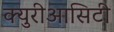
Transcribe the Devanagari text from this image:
क्युरीआसिटी